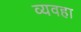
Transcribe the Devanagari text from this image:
व्यवहा